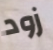
زود